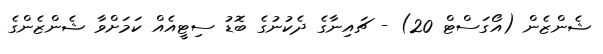
ޝެންޒެން (އޯގަސްޓް 20) - ޗައިނާގެ ދެކުނުގެ ބޮޑު ސިޓީއެއް ކަމަށްވާ ޝެންޒެންގެ